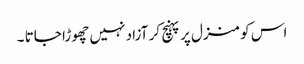
اس کو منزل پر پہنچ کر آزاد نہیں چھوڑا جاتا ۔